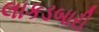
લાકડબારી